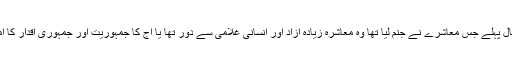
‘‘ 14 سو سال پہلے جس معاشرے نے جنم لیا تھا وہ معاشرہ زیادہ آزاد اور انسانی غلامی سے دور تھا یا آج کا جمہوریت اور جمہوری اقدار کا امین معاشرہ؟